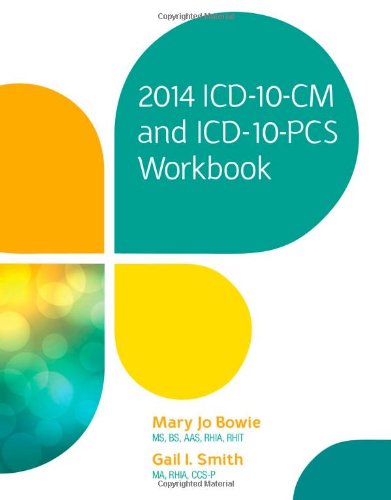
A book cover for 2014 ICD-10-CM and ICD-10-PCS Workbook; Mary Jo Bowie; Business & Money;